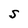
Character: S